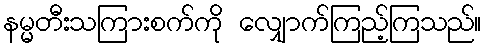
နမ္မတီးသကြားစက်ကို လျှောက်ကြည့်ကြသည်။